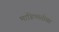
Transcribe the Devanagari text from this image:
माहिष्मतीवर